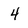
Character: 4